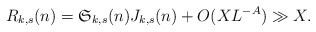
\begin{align*}R_{k,s}(n)=\mathfrak S_{k,s}(n)J_{k,s}(n)+O(XL^{-A})\gg X.\end{align*}